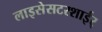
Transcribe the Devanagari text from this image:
लाइसेसटरशाईर्